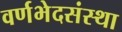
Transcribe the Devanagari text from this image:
वर्णभेदसंस्था